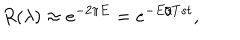
LaTeX: R ( \lambda ) \approx e ^ { - 2 \pi E } = e ^ { - E / T s t } ,